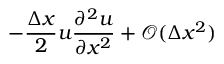
- \frac { \Delta x } { 2 } u \frac { \partial ^ { 2 } u } { \partial x ^ { 2 } } + \mathcal { O } ( \Delta x ^ { 2 } )